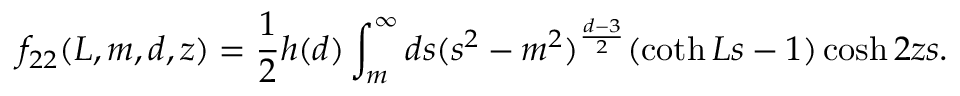
f _ { 2 2 } ( L , m , d , z ) = \frac { 1 } { 2 } h ( d ) \int _ { m } ^ { \infty } d s ( s ^ { 2 } - m ^ { 2 } ) ^ { \frac { d - 3 } { 2 } } ( \coth L s - 1 ) \cosh 2 z s .